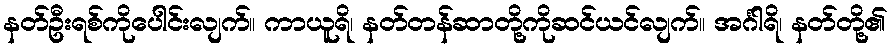
နတ်ဦးရစ်ကိုပေါင်းလျက်။ ကာယူရိ၊ နတ်တန်ဆာတို့ကိုဆင်ယင်လျက်။ အင်္ဂါရိ၊ နတ်တို့၏